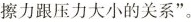
擦力跟压力大小的关系”。